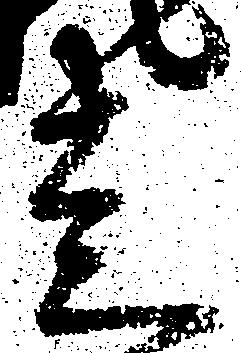
走